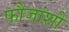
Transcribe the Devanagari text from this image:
फौजांशी